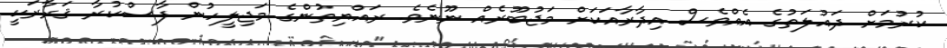
ކުރުމަށް ދައުލަތުގެ އެއްވެސް އިދާރާއަކަށް މަޖުބޫރެއް ނޫނެވެ. ރައްޔިތުންގެ މަޖިލީހުން ފާސްކުރާ ޤަރާރަކީ